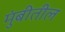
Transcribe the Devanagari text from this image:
मुंबीतील